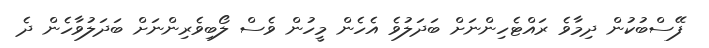
ފޭސްބުކުން ދިމާވެ ރައްޓެހިންނަށް ބަދަލުވެ އެހެން މީހުން ވެސް ލޯބިވެރިންނަށް ބަދަލުވާހެން ދެ